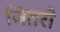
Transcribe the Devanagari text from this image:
जितरी